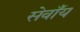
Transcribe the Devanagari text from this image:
सेवाँय